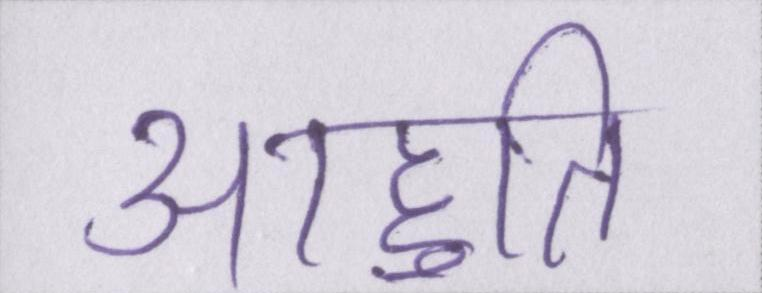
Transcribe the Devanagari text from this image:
आहुति